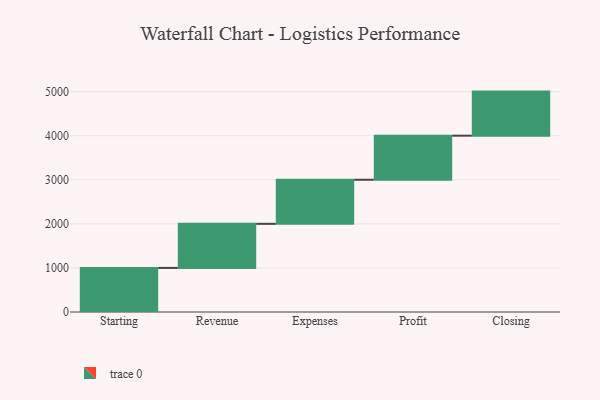
{"axis": {"x": "Step", "y": "Value"}, "legend": [""], "data": [{"x": "Starting", "y": 1000, "type": ""}, {"x": "Revenue", "y": 1000, "type": ""}, {"x": "Expenses", "y": 1000, "type": ""}, {"x": "Profit", "y": 1000, "type": ""}, {"x": "Closing", "y": 1000, "type": ""}]}